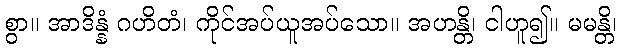
စွာ။ အာဒိန္နံ ဂဟိတံ၊ ကိုင်အပ်ယူအပ်သော။ အဟန္တိ၊ ငါဟူ၍။ မမန္တိ၊